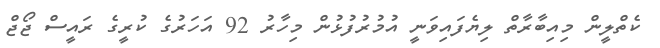
ކެތްލީން މިއިބާރާތް ލިޔެފައިވަނީ އުމުރުފުޅުން މިހާރު 92 އަހަރުގެ ކުރީގެ ރައީސް ޖޯޖް